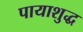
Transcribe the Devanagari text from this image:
पायाशुद्ध